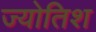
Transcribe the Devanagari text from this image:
ज्योतिश